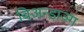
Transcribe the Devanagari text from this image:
बिअन्डाञ्ग